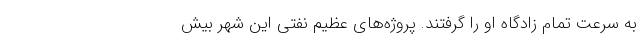
به سرعت تمام زادگاه او را گرفتند. پروژه‌های عظیم نفتی‌ این شهر بیش